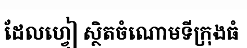
ដែលហ្វៀ ស្ថិតចំណោមទីក្រុងធំ